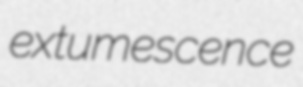
extumescence